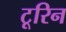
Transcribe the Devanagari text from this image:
टूरिन